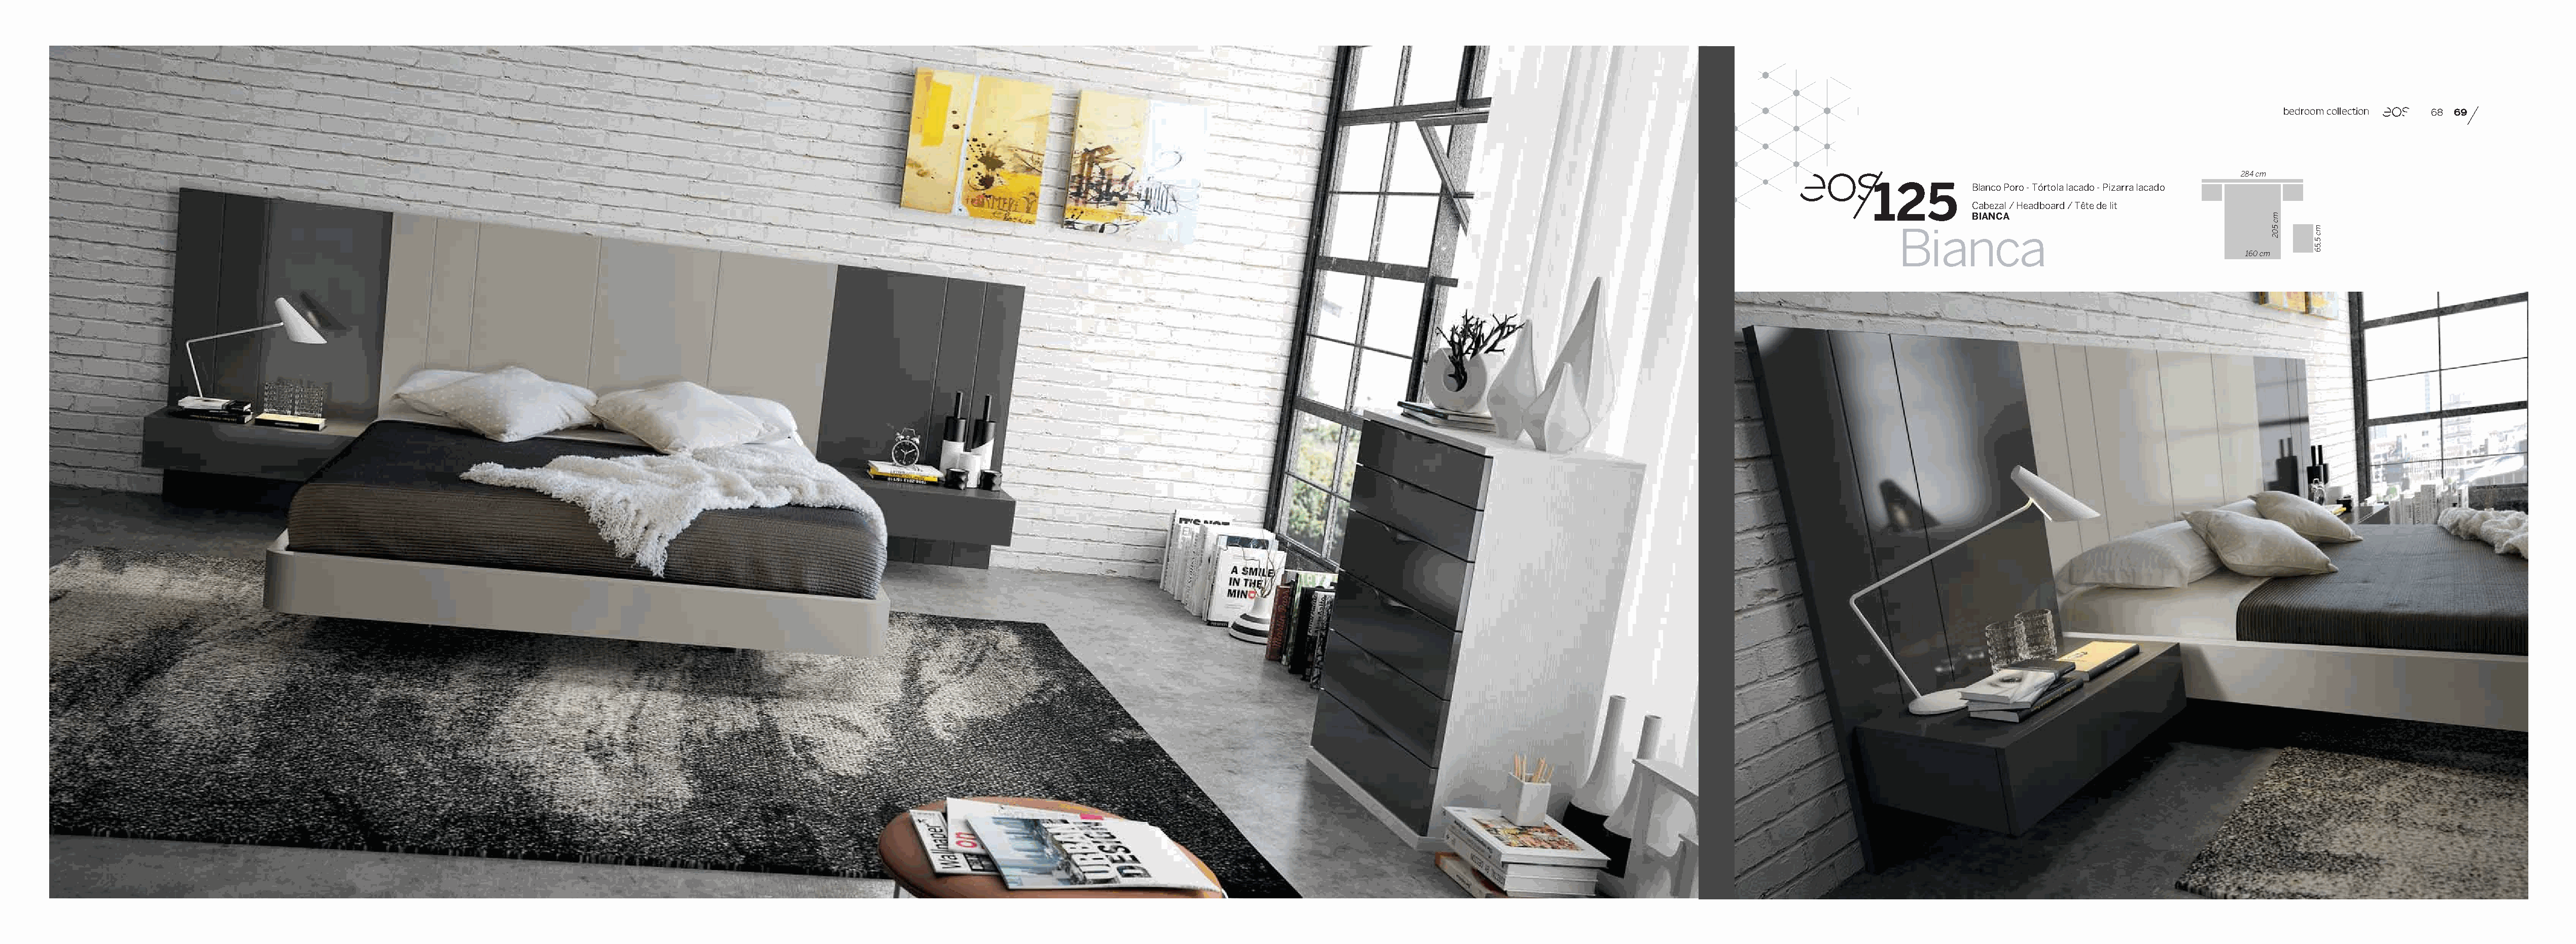
bedroom collection 68 69
 284 cm
 125
 Blanco Poro - Tórtola lacado - Pizarra lacado
 Cabezal / Headboard / Tête de lit
 BIANCA
 Bianca
 160 cm
 mc
 502  mc
 5,56